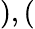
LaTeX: ),(